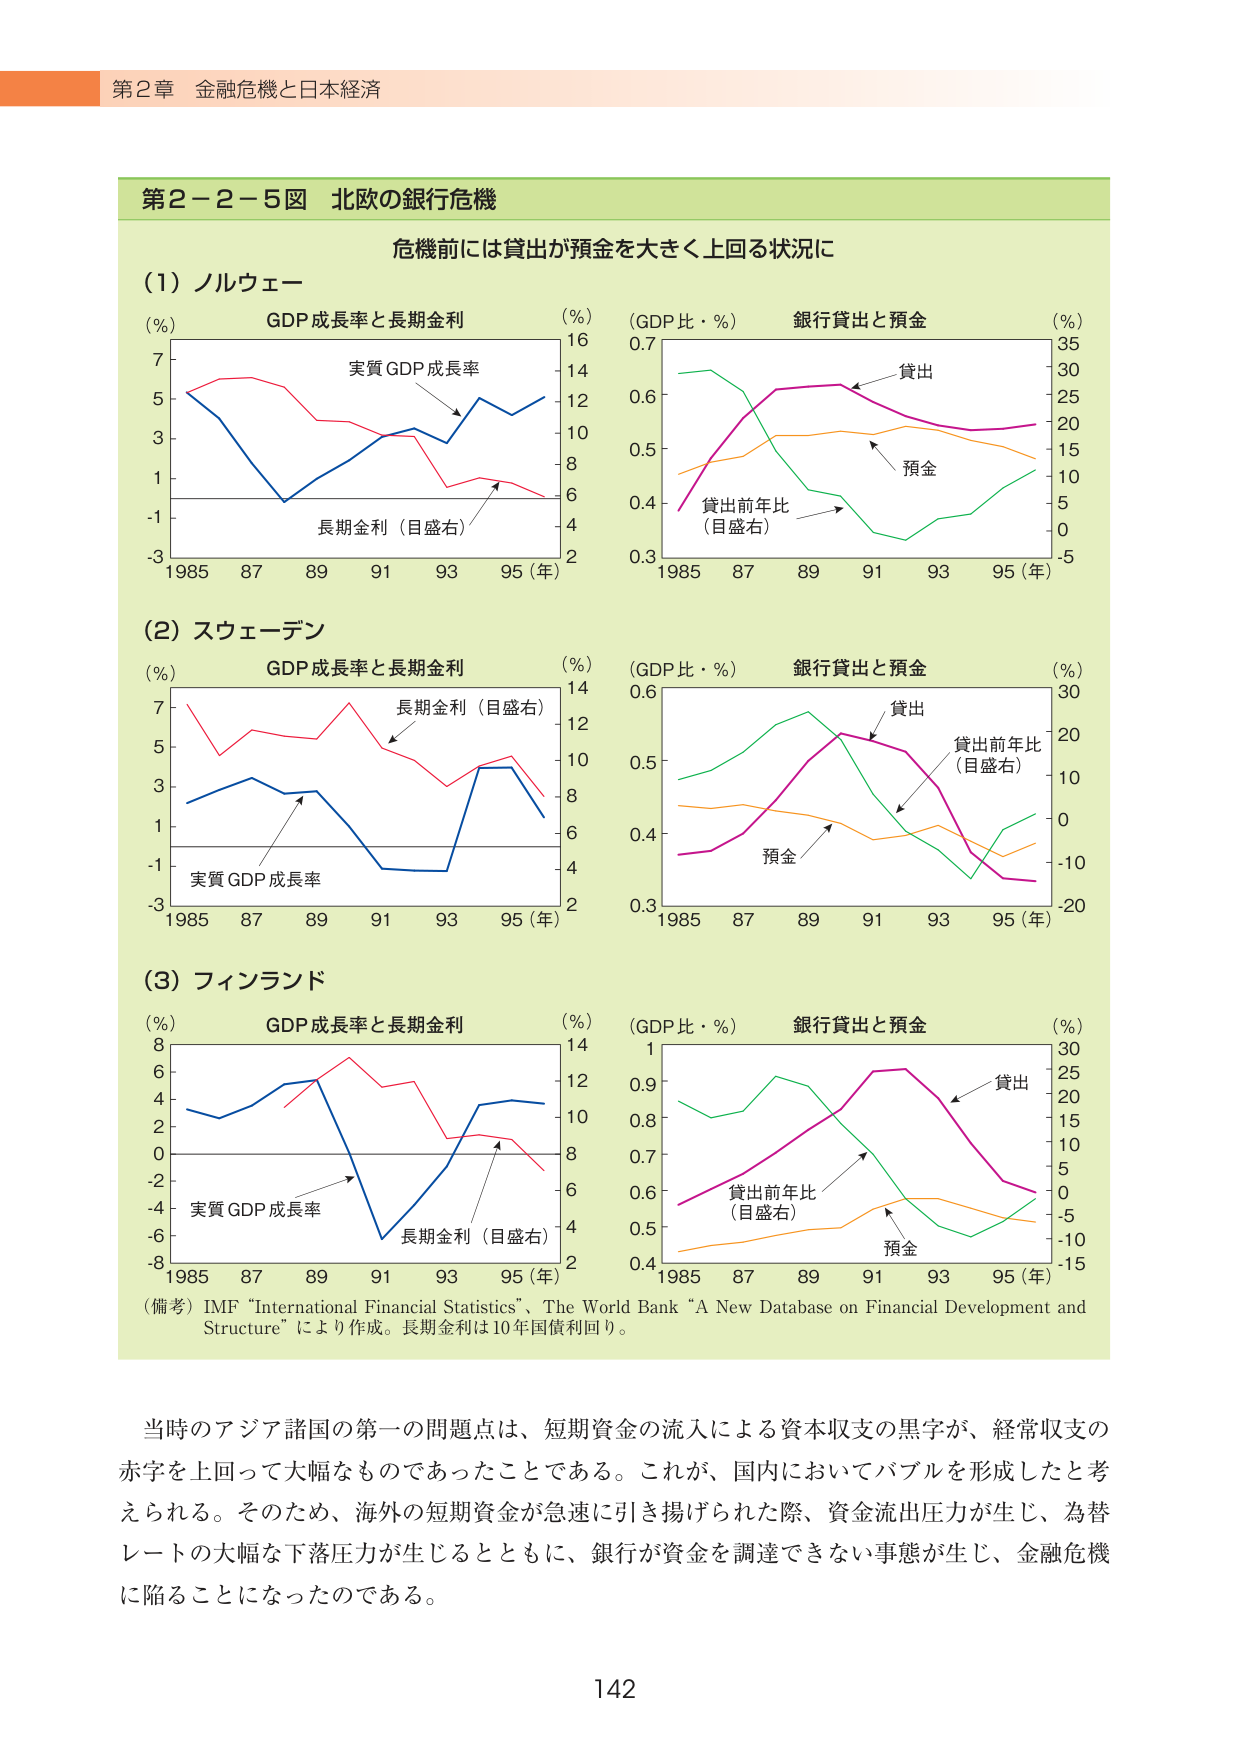
第２章 金融危機と日本経済

第２－２－５図 北欧の銀行危機

危機前には貸出が預金を大きく上回る状況に

（1）ノルウェー

（％） GDP成長率と長期金利 （％）
実質GDP成長率
長期金利（目盛右）
1985 87 89 91 93 95（年）

（GDP比・％） 銀行貸出と預金 （％）
貸出
預金
貸出前年比
（目盛右）
1985 87 89 91 93 95（年）

（2）スウェーデン

（％） GDP成長率と長期金利 （％）
長期金利（目盛右）
実質GDP成長率
1985 87 89 91 93 95（年）

（GDP比・％） 銀行貸出と預金 （％）
貸出
貸出前年比
（目盛右）
預金
1985 87 89 91 93 95（年）

（3）フィンランド

（％） GDP成長率と長期金利 （％）
実質GDP成長率
長期金利（目盛右）
1985 87 89 91 93 95（年）

（GDP比・％） 銀行貸出と預金 （％）
貸出
貸出前年比
（目盛右）
預金
1985 87 89 91 93 95（年）

（備考）IMF “International Financial Statistics”、The World Bank “A New Database on Financial Development and Structure” により作成。長期金利は10年国債利回り。

当時のアジア諸国の第一の問題点は、短期資金の流入による資本収支の黒字が、経常収支の赤字を上回って大幅なものであったことである。これが、国内においてバブルを形成したと考えられる。そのため、海外の短期資金が急速に引き揚げられた際、資金流出圧力が生じ、為替レートの大幅な下落圧力が生じるとともに、銀行が資金を調達できない事態が生じ、金融危機に陥ることになったのである。

142